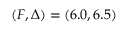
( F , \Delta ) = ( 6 . 0 , 6 . 5 )